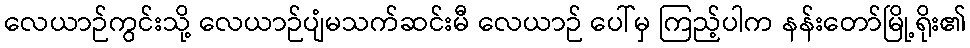
လေယာဉ်ကွင်းသို့ လေယာဉ်ပျံမသက်ဆင်းမီ လေယာဉ် ပေါ်မှ ကြည့်ပါက နန်းတော်မြို့ရိုး၏